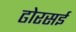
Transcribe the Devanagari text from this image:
ढोरसई